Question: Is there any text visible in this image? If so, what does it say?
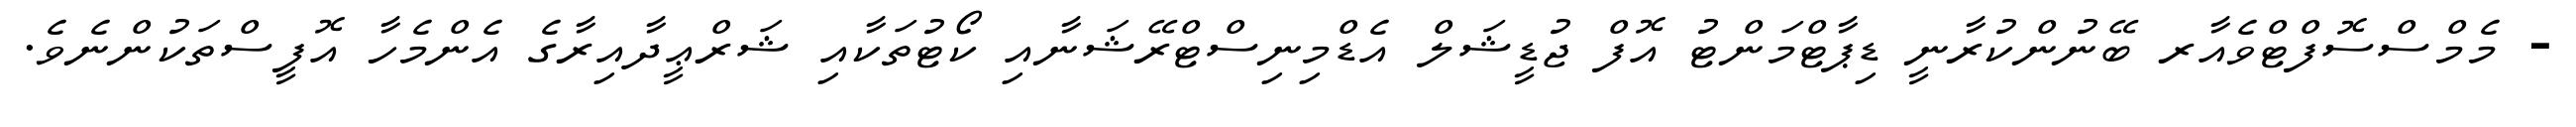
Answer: - މެމްސްސޮފްޓްވެއާރ ބޭނުންކުރާނީ ޑިޕާޓްމަންޓު އޮފް ޖުޑީޝަލް އެޑްމިނިސްޓްރޭޝަނާއި ކޯޓުތަކާއި ޝަރްޢީދާއިރާގެ އެންމެހާ އޮފީސްތަކުންނެވެ.